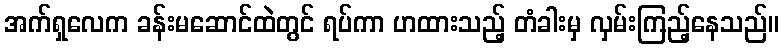
အက်ရှလေက ခန်းမဆောင်ထဲတွင် ရပ်ကာ ဟထားသည့် တံခါးမှ လှမ်းကြည့်နေသည်။